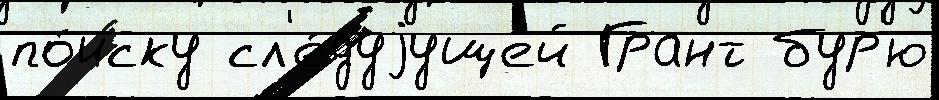
по́иску сл'е́дуjущей Грант бур'ю